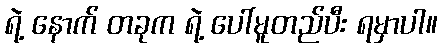
ရဲ့ နောက် တခုက ရဲ့ ပေါ်မူတည်ပီး ရမှာပါ။